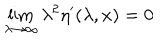
LaTeX: \lim _ { \lambda \rightarrow \infty } \lambda ^ { 2 } \eta ^ { \prime } ( \lambda , x ) = 0